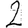
Digit: 2